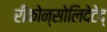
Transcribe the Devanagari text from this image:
रीकोन्सोलिदेटेद्